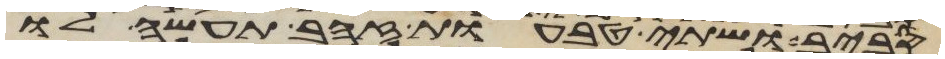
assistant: סביב ושתי טבעות זהב תעשה לו